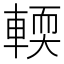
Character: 輭